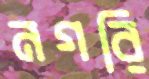
নগরি